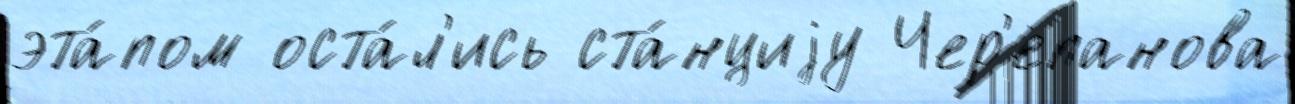
эта́пом оста́л'ись ста́нциjу Чер'епанова